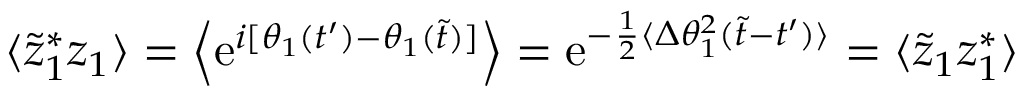
\langle \tilde { z } _ { 1 } ^ { * } z _ { 1 } \rangle = \Big \langle \mathrm { e } ^ { i [ \theta _ { 1 } ( t ^ { \prime } ) - \theta _ { 1 } ( \tilde { t } ) ] } \Big \rangle = \mathrm { e } ^ { - { \frac { 1 } { 2 } } \langle \Delta \theta _ { 1 } ^ { 2 } ( \tilde { t } - t ^ { \prime } ) \rangle } = \langle \tilde { z } _ { 1 } z _ { 1 } ^ { * } \rangle